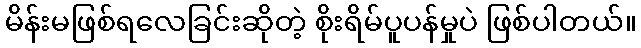
မိန်းမဖြစ်ရလေခြင်းဆိုတဲ့ စိုးရိမ်ပူပန်မှုပဲ ဖြစ်ပါတယ်။